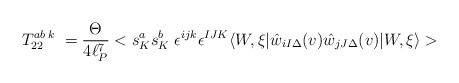
\begin{align*}T_{22}^{ab\;k}\;=\frac{\Theta }{4\ell _{P}^{7}}<s_{K}^{a}s_{K}^{b}\;\epsilon^{ijk}\epsilon ^{IJK}\langle W,\xi |\hat{w}_{iI\Delta }(v)\hat{w}_{jJ\Delta}(v)|W,\xi \rangle >\end{align*}